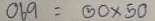
069 = 50 x 50